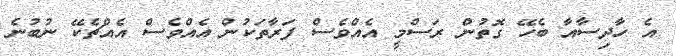
އެ ހާދިސާއާ ބެހޭ ގޮތުން ރަސްމީ އެއްވެސް ފަރާތަކުން އެއްވެސް އެއްޗެކޭ ނުބުނެ